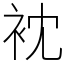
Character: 衴